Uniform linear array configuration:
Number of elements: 32
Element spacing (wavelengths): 0.25
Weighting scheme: binomial
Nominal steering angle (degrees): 30
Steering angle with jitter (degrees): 31.704
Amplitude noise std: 0.05
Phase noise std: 0.05

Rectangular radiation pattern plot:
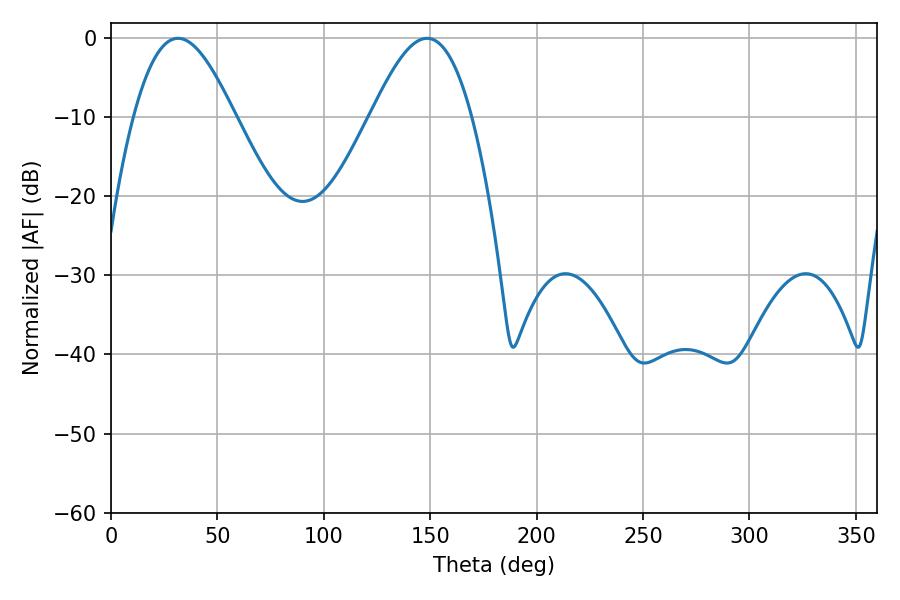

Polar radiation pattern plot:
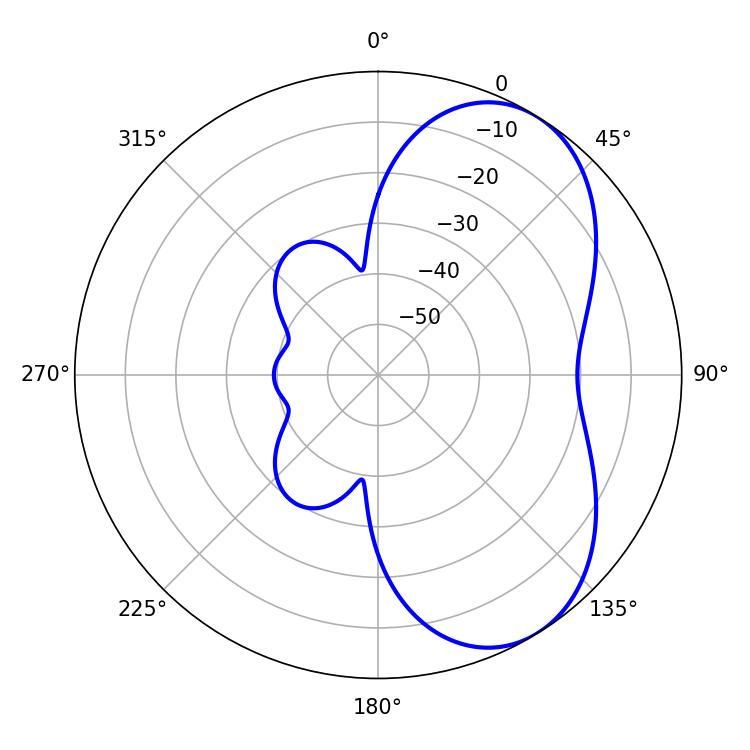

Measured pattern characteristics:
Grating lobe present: FALSE
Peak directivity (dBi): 5.722
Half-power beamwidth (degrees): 25.56
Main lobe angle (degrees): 31.5